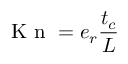
\ensuremath { \mathrm { ~ K ~ n ~ } } = e _ { r } \frac { t _ { c } } L